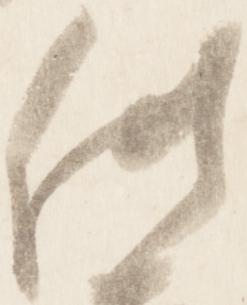
供